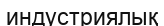
индустриялық